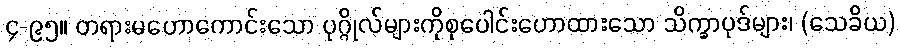
၄-၉၅။ တရားမဟောကောင်းသော ပုဂ္ဂိုလ်များကိုစုပေါင်းဟောထားသော သိက္ခာပုဒ်များ၊ (သေခိယ)